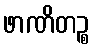
ဖာဏိတဉ္စ